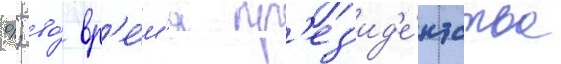
%; во́ вр'е́м'я пр'ез'ид'е́нтства